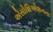
એસોશિએશનના